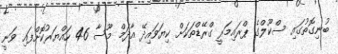
ބުނިގޮތުގައި ސްކޫލްގެ ޕްރައިމަރީ ގްރޭޑްތަކަށް ކިޔަވައިދޭ އާދަމް މޫސާ 46 ހައްޔަރުކޮށްފައި ވަނީ